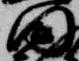
田